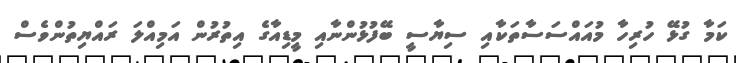
ކަމާ ގުޅޭ ހުރިހާ މުއައްސަސާތަކާއި ސިޔާސީ ބޭފުޅުންނާއި މީޑިއާގެ އިތުރުން އަމިއްލަ ރައްޔިތުންވެސް